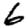
Digit: 6